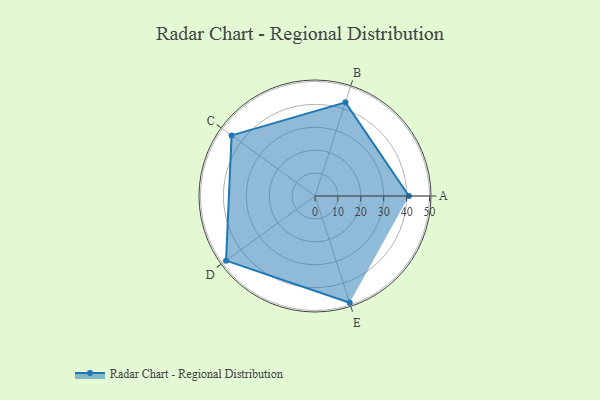
{"axis": {"x": "Skill", "y": "Score"}, "legend": ["Profile"], "data": [{"x": "A", "y": 41.0, "type": "Profile"}, {"x": "B", "y": 43.0, "type": "Profile"}, {"x": "C", "y": 45.0, "type": "Profile"}, {"x": "D", "y": 48.0, "type": "Profile"}, {"x": "E", "y": 49.0, "type": "Profile"}]}